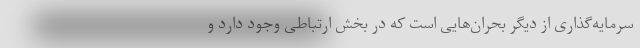
سرمایه‌گذاری از دیگر بحران‌هایی است که در بخش ارتباطی وجود دارد و